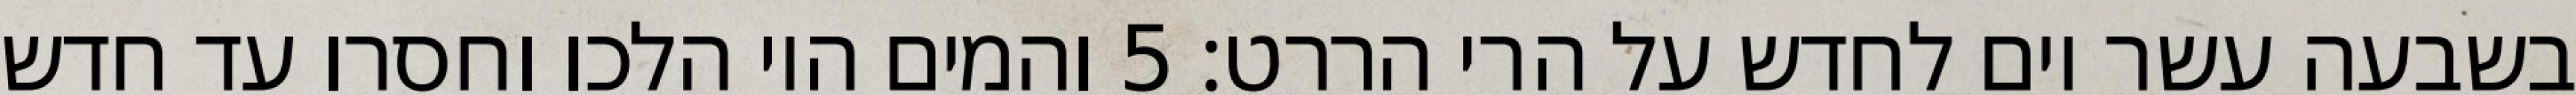
בשבעה עשר יום לחדש על הרי הררט׃ ‎5‏ והמים היו הלכו וחסרו עד חדש